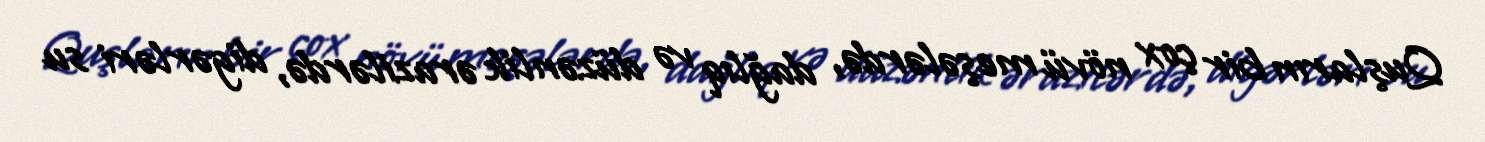
Quşların bir çox növü meşələrdə, dağlıq və düzənlik ərazilərdə, digərləri su